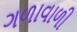
ગળાવાળી